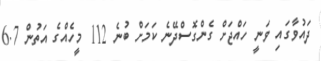
ދައުވާގައި ވަނީ ހައްޖަށް ގެންގޮސްދޭނެ ކަމަށް ބުނެ 112 މީހެއްގެ އަތުން 6.7